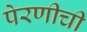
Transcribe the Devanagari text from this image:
पेरणीची